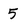
Character: 5